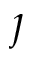
\jmath